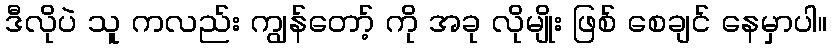
ဒီလိုပဲ သူ ကလည်း ကျွန်တော့် ကို အခု လိုမျိုး ဖြစ် စေချင် နေမှာပါ။